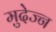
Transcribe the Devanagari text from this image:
मुदेज्न